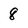
Character: 8